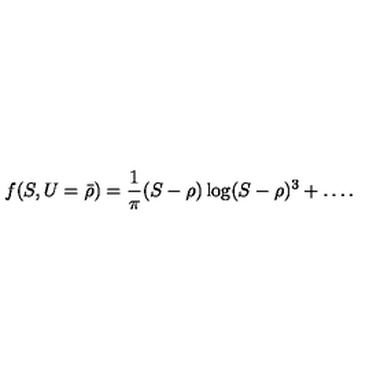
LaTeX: f ( S , U = { \bar { \rho } } ) = { \frac { 1 } { \pi } } ( S - \rho ) \log ( S - \rho ) ^ { 3 } + \dots .